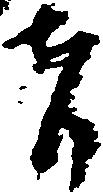
者